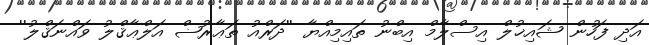
އަދި ފަހުން ޝައިޚުލް އިސްލާމް އިބްނު ތައިމިއްޔާ ''ދަރްއު ތަޢާރުޟް އަލްޢާޤްލު ވައްނަޤްލު''